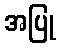
အပြု